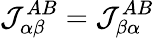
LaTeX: \mathcal{J}_{\alpha\beta}^{AB}=\mathcal{J}_{\beta\alpha}^{AB}